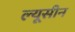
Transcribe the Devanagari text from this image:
ल्यूसीन